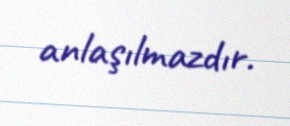
anlaşılmazdır.